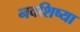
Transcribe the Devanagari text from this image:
नवशिष्या